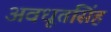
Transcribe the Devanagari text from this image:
अवधूतसिंह